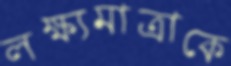
লক্ষ্যমাত্রাকে